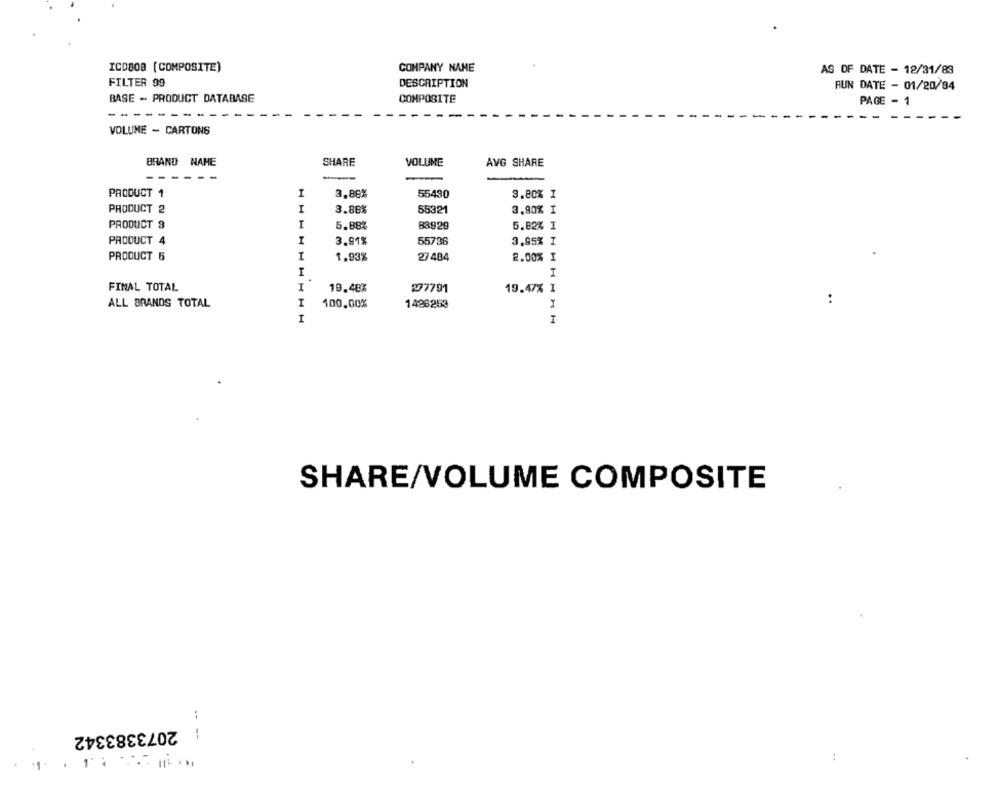
ICD808 [ COMPOSITE)
COMPANY NAME
AS OF DATE - 12/31/83
FILTER 99
DESCRIPTION
HUN DATE - 01/20/84
BASE - PRODUCT DATABASE
COMPOSITE
PAGE - 1
----
VOLUME - CARTONS
BRAND NAME
SHARE
VOLUME
AVG SHARE
------
PRODUCT 1
I
3.88%
55430
3.80% I
PRODUCT 2
I
3.88%
55321
3.80% I
PRODUCT 9
I
5.88%
83929
5.82% I
PRODUCT 4
I
3.91%
55736
3.95% I
PRODUCT 5
I
1.93%
27484
2.00% I
I
H
FINAL TOTAL
I
19.48%
277791
19.47% I
..
ALL BRANDS TOTAL
100,00%
1486253
I
I
SHARE/VOLUME COMPOSITE
2073383342
--
:
.1.